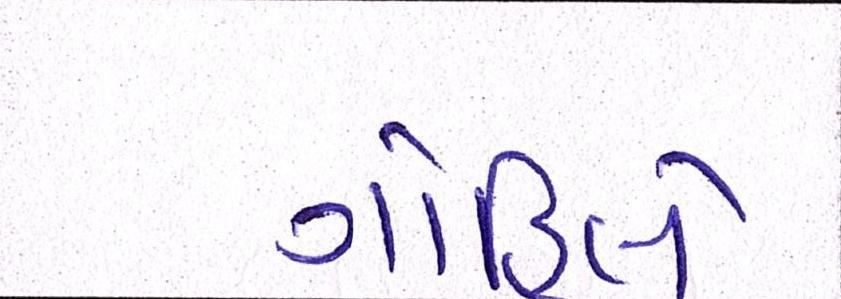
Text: ગોહિલે